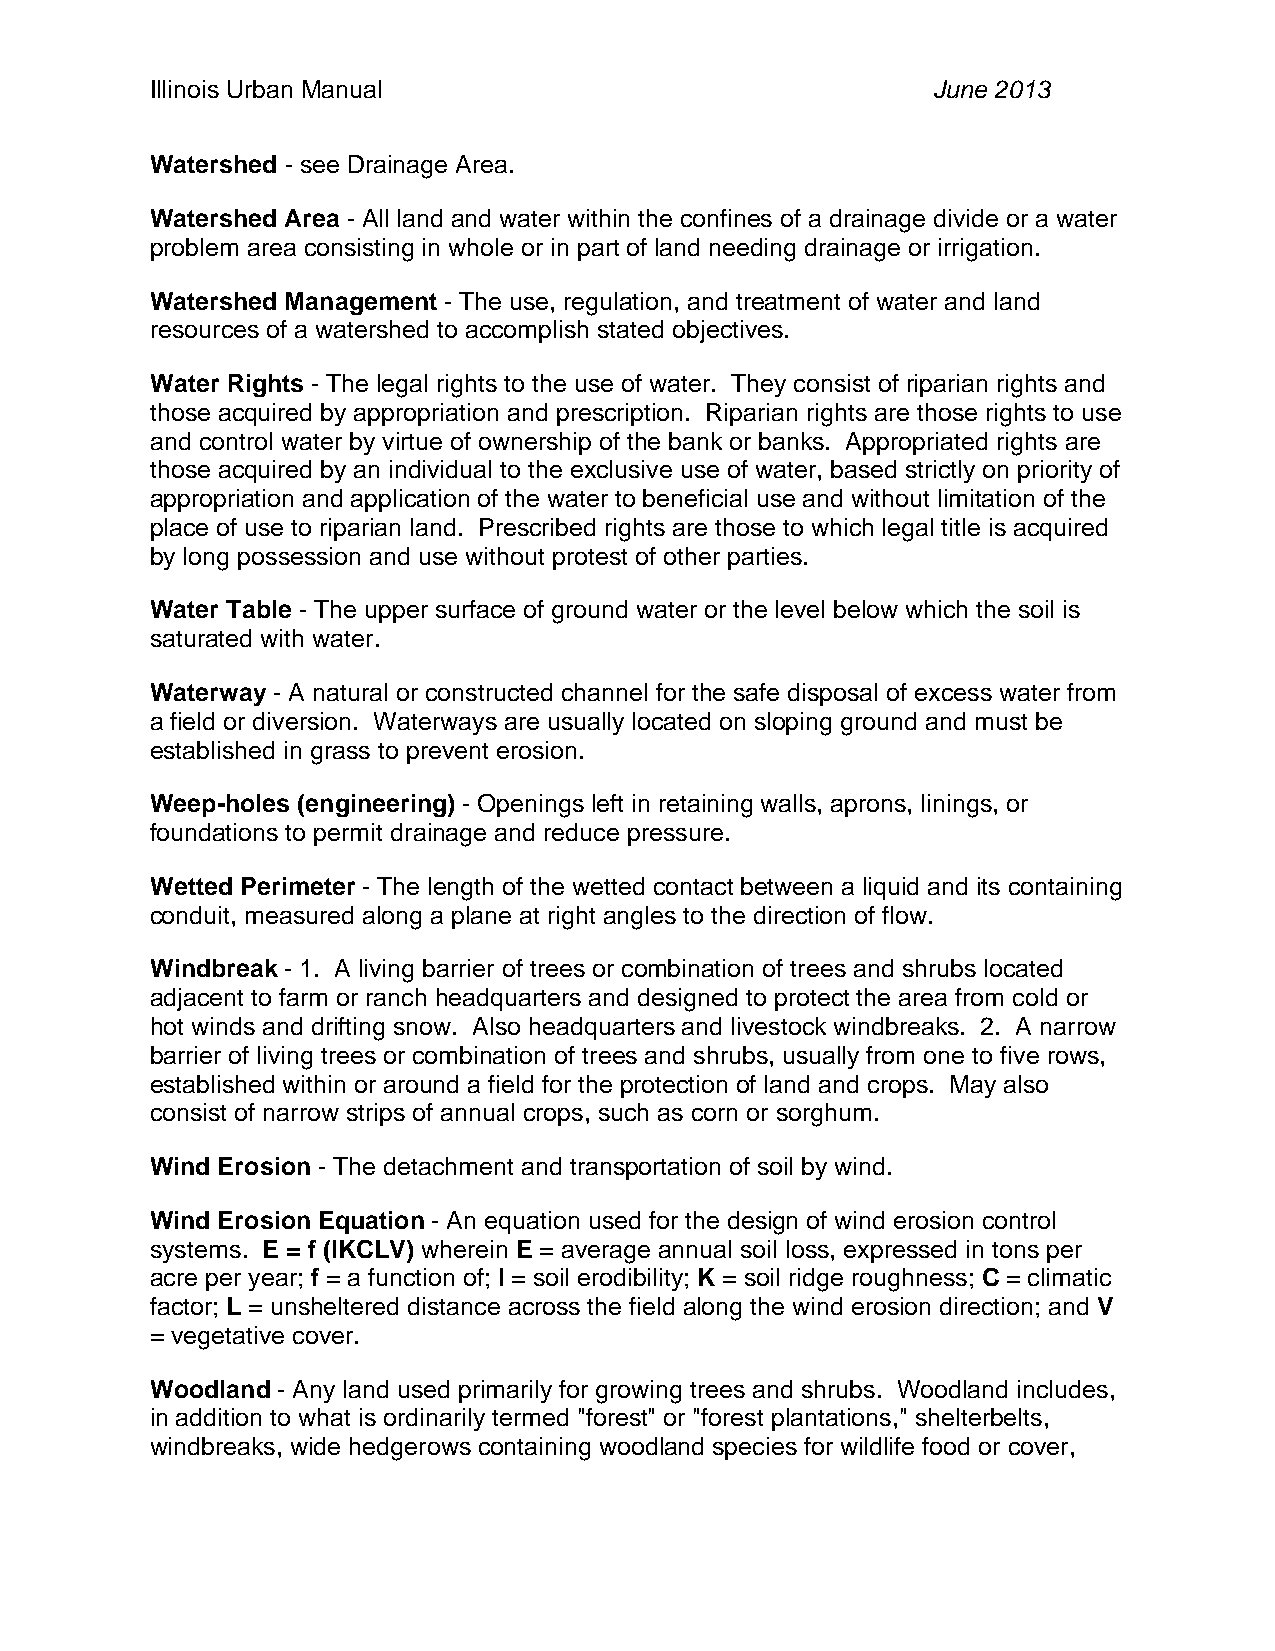
Illinois Urban Manual                               June 2013
 Watershed - see Drainage Area.
 Watershed Area - All land and water within the confines of a drainage divide or a water
 problem area consisting in whole or in part of land needing drainage or irrigation.
 Watershed Management - The use, regulation, and treatment of water and land
 resources of a watershed to accomplish stated objectives.
 Water Rights - The legal rights to the use of water. They consist of riparian rights and
 those acquired by appropriation and prescription. Riparian rights are those rights to use
 and control water by virtue of ownership of the bank or banks. Appropriated rights are
 those acquired by an individual to the exclusive use of water, based strictly on priority of
 appropriation and application of the water to beneficial use and without limitation of the
 place of use to riparian land. Prescribed rights are those to which legal title is acquired
 by long possession and use without protest of other parties.
 Water Table - The upper surface of ground water or the level below which the soil is
 saturated with water.
 Waterway - A natural or constructed channel for the safe disposal of excess water from
 a field or diversion. Waterways are usually located on sloping ground and must be
 established in grass to prevent erosion.
 Weep-holes (engineering) - Openings left in retaining walls, aprons, linings, or
 foundations to permit drainage and reduce pressure.
 Wetted Perimeter - The length of the wetted contact between a liquid and its containing
 conduit, measured along a plane at right angles to the direction of flow.
 Windbreak - 1. A living barrier of trees or combination of trees and shrubs located
 adjacent to farm or ranch headquarters and designed to protect the area from cold or
 hot winds and drifting snow. Also headquarters and livestock windbreaks. 2. A narrow
 barrier of living trees or combination of trees and shrubs, usually from one to five rows,
 established within or around a field for the protection of land and crops. May also
 consist of narrow strips of annual crops, such as corn or sorghum.
 Wind Erosion - The detachment and transportation of soil by wind.
 Wind Erosion Equation - An equation used for the design of wind erosion control
 systems. E = f (IKCLV) wherein E = average annual soil loss, expressed in tons per
 acre per year; f = a function of; I = soil erodibility; K = soil ridge roughness; C = climatic
 factor; L = unsheltered distance across the field along the wind erosion direction; and V
 = vegetative cover.
 Woodland - Any land used primarily for growing trees and shrubs. Woodland includes,
 in addition to what is ordinarily termed "forest" or "forest plantations," shelterbelts,
 windbreaks, wide hedgerows containing woodland species for wildlife food or cover,